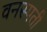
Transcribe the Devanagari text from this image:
वनस्‍पती